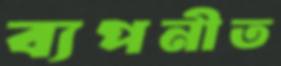
ব্যপনীত